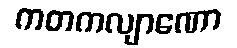
ကတကလျာဏော